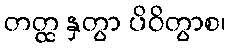
တတ္ထ နှတွာ ပိဝိတွာစ၊